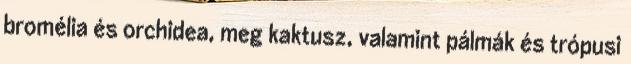
bromélia és orchidea, meg kaktusz, valamint pálmák és trópusi